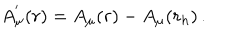
A _ { \mu } ^ { ' } ( r ) = A _ { \mu } ( r ) - A _ { \mu } ( r _ { h } ) \, .